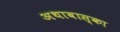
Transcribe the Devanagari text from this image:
अथाबास्का